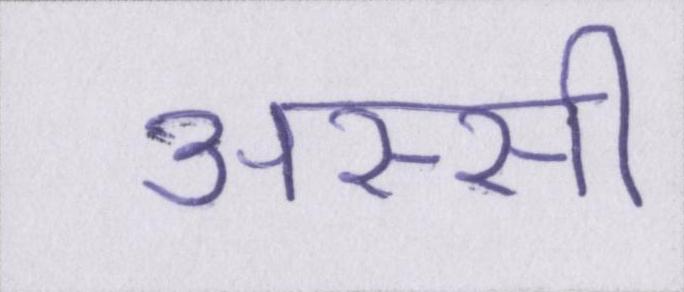
अस्सी